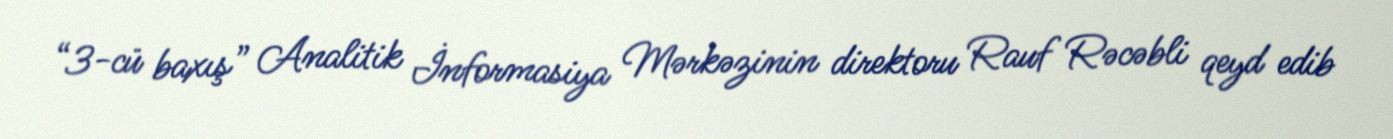
“3-cü baxış” Analitik İnformasiya Mərkəzinin direktoru Rauf Rəcəbli qeyd edib